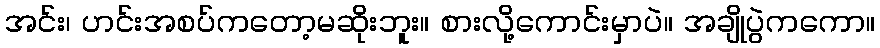
အင်း၊ ဟင်းအစပ်ကတော့မဆိုးဘူး။ စားလို့ကောင်းမှာပဲ။ အချိုပွဲကကော။